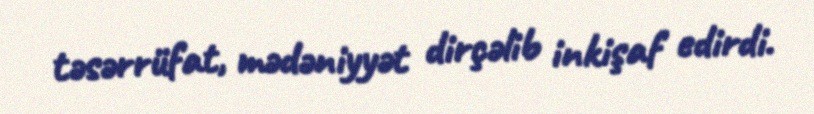
təsərrüfat, mədəniyyət dirçəlib inkişaf edirdi.